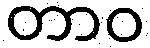
တာဝ